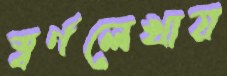
স্বর্ণলেখায়